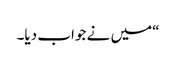
“میں نے جواب دیا۔